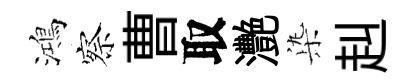
鴻察曹取灧𣑱赳